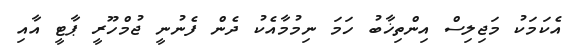
އެކަމަކު މަޖިލިސް އިންތިޚާބު ހަމަ ނިމުމާއެކު ދެން ފެނުނީ ޖުމްހޫރީ ޕާޓީ އާއި